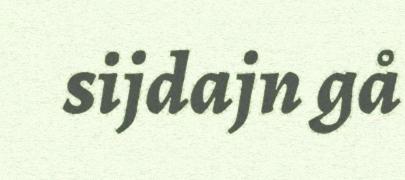
sijdajn gå